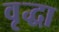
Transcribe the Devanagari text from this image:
वृृद्धा